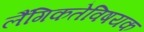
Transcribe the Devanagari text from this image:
लैंगिकतेविषयक